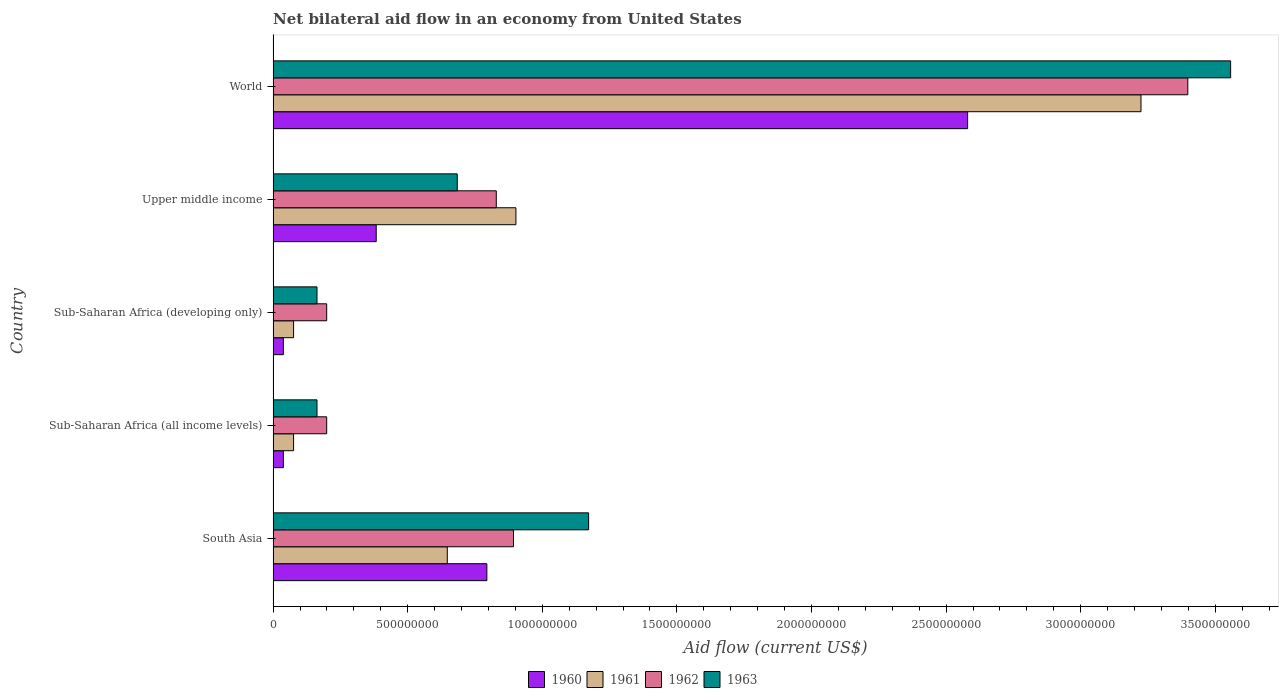
| Country | 1960 | 1961 | 1962 | 1963 |
 | --- | --- | --- | --- | --- |
 | South Asia | 7.94e+08 | 6.47e+08 | 8.93e+08 | 1.17e+09 |
 | Sub-Saharan Africa (all income levels) | 3.8e+07 | 7.6e+07 | 1.99e+08 | 1.63e+08 |
 | Sub-Saharan Africa (developing only) | 3.8e+07 | 7.6e+07 | 1.99e+08 | 1.63e+08 |
 | Upper middle income | 3.83e+08 | 9.02e+08 | 8.29e+08 | 6.84e+08 |
 | World | 2.58e+09 | 3.22e+09 | 3.4e+09 | 3.56e+09 |